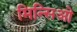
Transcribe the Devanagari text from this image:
मिन्सिओ